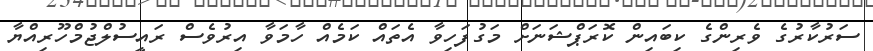
ސަރުކާރުގެ ވެރިންގެ ކިބައިން ކޮރަޕްޝަނަށް މަގުފަހިވާ އެތައް ކަމެއް ހާމަވާ އިރުވެސް ރައީސުލްޖުމްހޫރިއްޔާ